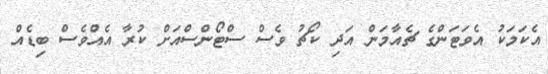
އެކަމަކު އެވަޓަންގެ ޗެއާމަން އަދި ކޯޗު ވެސް ސްޓޯންސްއަށް ކުރާ އެއްވެސް ބިޑެއް